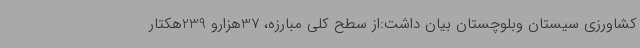
کشاورزی سیستان وبلوچستان بیان داشت:از سطح کلی مبارزه، 37هزارو 239هکتار